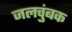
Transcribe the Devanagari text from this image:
जलचुंबक